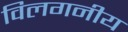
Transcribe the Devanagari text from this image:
विलगनीय